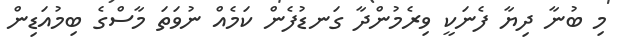
މި ބުނާ ދިޔާ ފެނަކީ ވިރެމުންދާ ގަނޑުފެން ކަމެއް ނުވަތަ މާސްގެ ބިމުއަޑިން